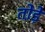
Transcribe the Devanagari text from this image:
तो़ड़े